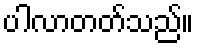
ပါလာတတ်သည်။